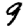
Digit: 9